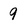
Character: 9